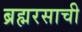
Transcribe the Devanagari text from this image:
ब्रह्मरसाची